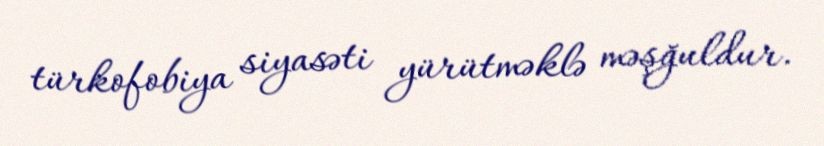
türkofobiya siyasəti yürütməklə məşğuldur.